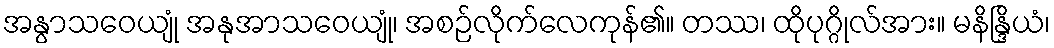
အနွာသဝေယျုံ အနုအာသဝေယျုံ၊ အစဉ်လိုက်လေကုန်၏။ တဿ၊ ထိုပုဂ္ဂိုလ်အား။ မနိန္ဒြိယံ၊